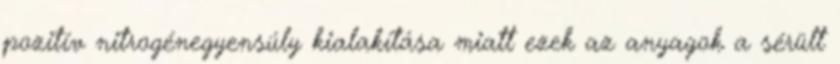
pozitív nitrogénegyensúly kialakítása miatt ezek az anyagok a sérült